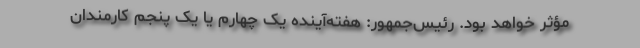
مؤثر خواهد بود. رئيس‌جمهور: هفته‌آینده یک چهارم یا یک پنجم کارمندان